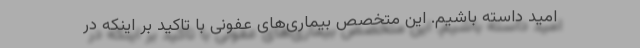
امید داسته باشیم. این متخصص بیماری‌های عفونی با تاکید بر اینکه در